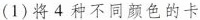
(1)将4种不同颜色的卡